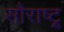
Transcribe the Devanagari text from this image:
सौराष्ट्र्